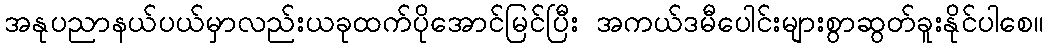
အနုပညာနယ်ပယ်မှာလည်းယခုထက်ပိုအောင်မြင်ပြီး အကယ်ဒမီပေါင်းများစွာဆွတ်ခူးနိုင်ပါစေ။